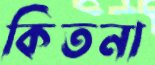
কিতনা